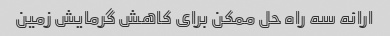
ارائه سه راه حل ممکن برای کاهش گرمایش زمین